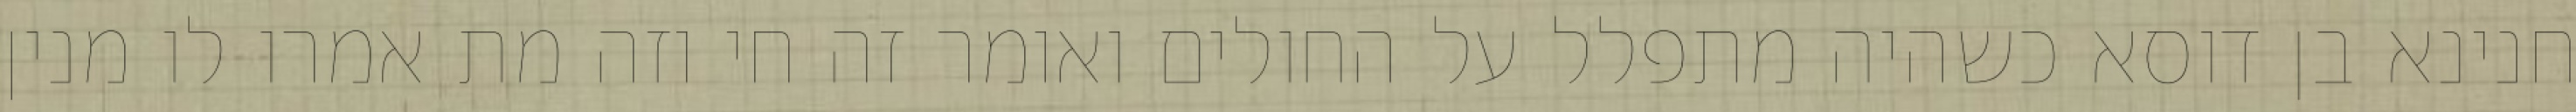
חנינא בן דוסא כשהיה מתפלל על החולים ואומר זה חי וזה מת אמרו לו מנין